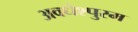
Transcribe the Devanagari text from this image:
अवधेश्पुरम